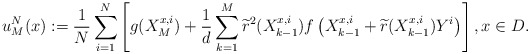
\begin{align*} u_{M}^{N}(x):=\frac{1}{N}\sum_{i=1}^N\left[ g(X^{x,i}_{M})+\frac{1}{d}\sum\limits_{k= 1}^M \widetilde{r}^2(X^{x,i}_{k-1})f\left(X^{x,i}_{k-1}+\widetilde{r}(X^{x,i}_{k-1})Y^i\right)\right], x\in D.\end{align*}